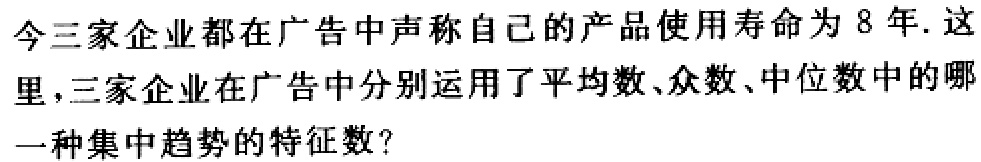
今三家企业都在广告中声称自己的产品使用寿命为 8 年. 这里，三家企业在广告中分别运用了平均数、众数、中位数中的哪一种集中趋势的特征数？